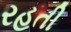
રહતી